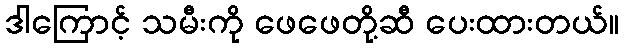
ဒါကြောင့် သမီးကို ဖေဖေတို့ဆီ ပေးထားတယ်။